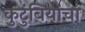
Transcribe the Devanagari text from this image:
कुटुंबियांचा